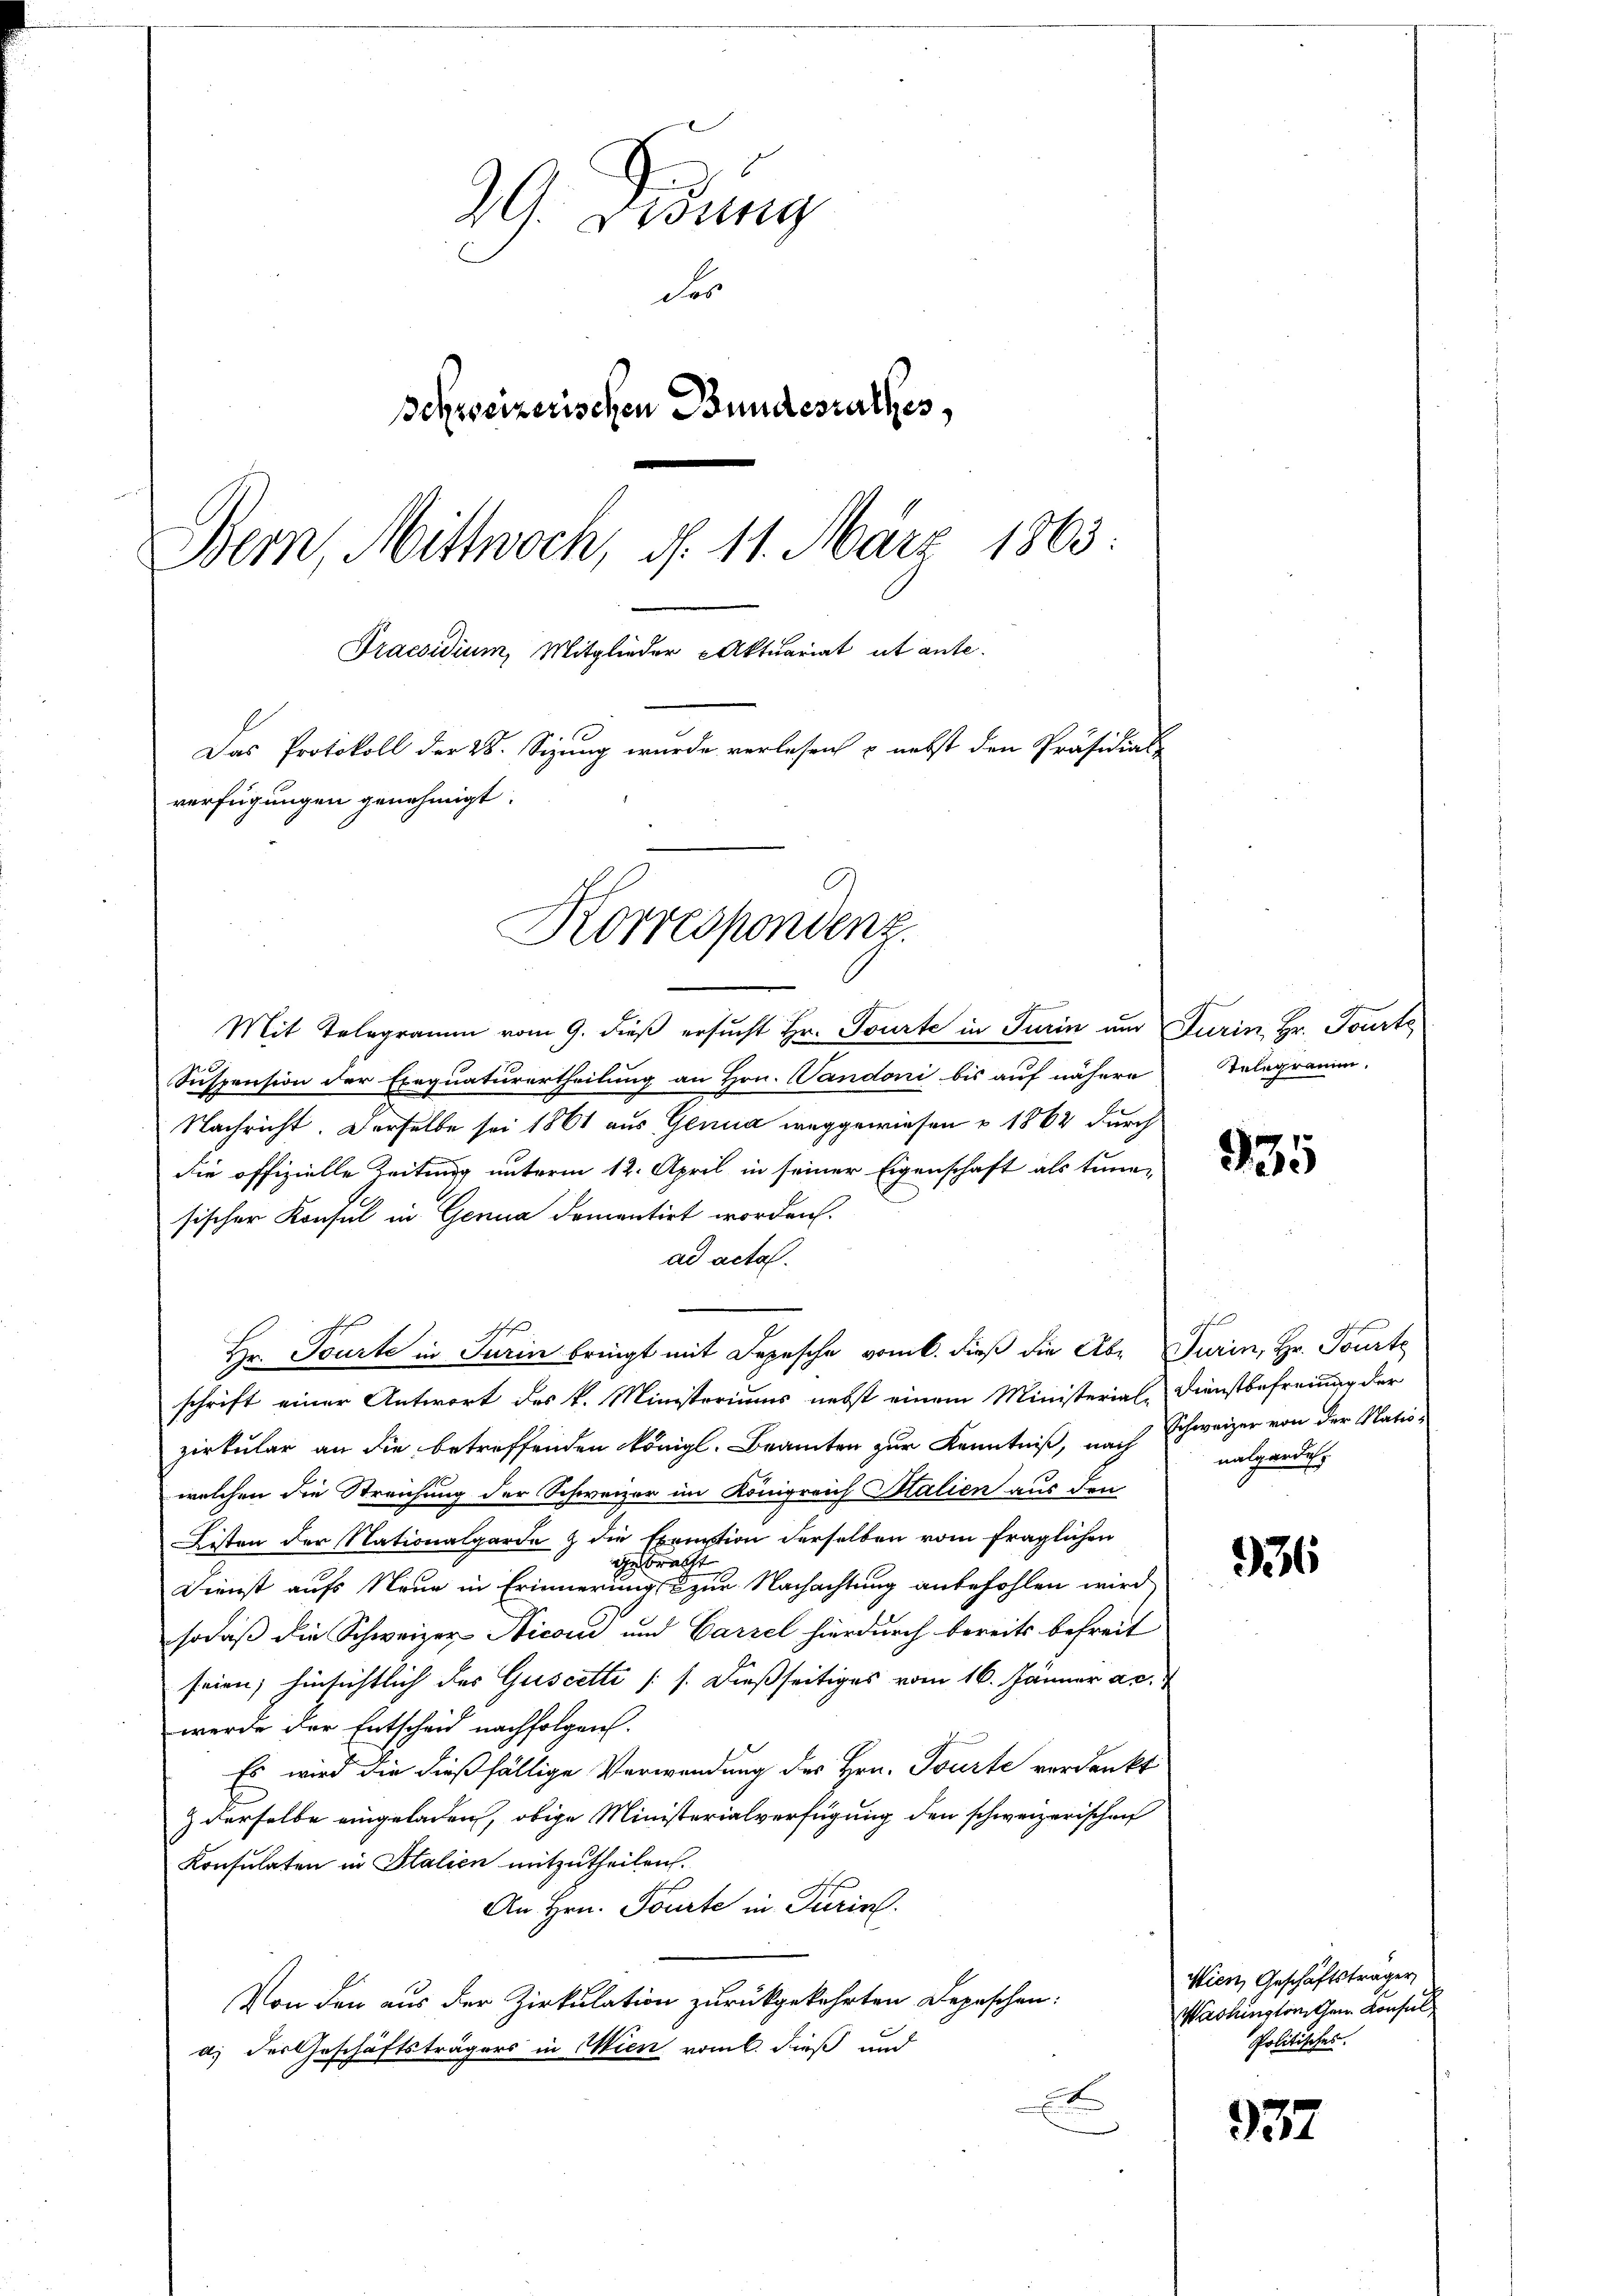
39. Diedung
des
Schweizerischen Bundesrathes,
Bern, Mittwoch, d. 11. März 1863.
Praesidium, Mitglieder Aktuariat ist ante.
Das Protokoll der 28. Sizung wurde verlesen u. nebst den Präsidial-
verfügungen genehmigt.
Korrespondenz.

Mit Telegramm vom 9. dieß ersucht Hr. Tourte in Turin und Furin, Hr. Tourte
Suspension der Exequaturertheilung an Hrn. Sandoni bis auf nähere
Nachricht. Derselbe sei 1861 aus Genua weggewiesen u. 1862 durch
die offizielle Zeitung unterm 12. April in seiner Eigenschaft als tune-
sischer Konsul in Genua domentirt worden.
ad acta.
I
schrift einer Antwort des k. Ministeriums nebst einem Ministerial-Dienstbefreiung der
zirkular an die betreffenden königl. Beamten zur Kenntniß, nach Schweizer von der Natur
welchen die Streichung der Schweizer im Königreich Italien aus den
Listen der Nationalgarde & die Exemtion derselben vom fraglichen
gebracht
Dienst aufs Neue in Erinnerung zur Nachachtung anbefohlen wird
sodaß die Schweizer-Nicon und Carzel hierdurch bereits befreit
seien; hinsichtlich des Guscette (s. dießseitiges vom 16. Jänner ac.
werde der Entscheid nachfolgen.
Es wird die dießfällige Verwendung des Hrn. Tourte verdankt
 derselbe eingeladen, obige Ministerialverfügung den schweizerischen
Konsulaten in Italien mitzutheilen.
An Hrn. Tourte in Turin.
Von den aus der Zirkulation zurückgekehrten Depeschen:
a) des Geschäftsträgers in Wien vom 6. dieß und
x

Hr. Tourte in Turin bringt mit Depesche vom 6. dieß die Abr Turin, Hr. Tourte

Telegramm.

935

t
nalgarden.

936

Wien, Geschäftsträger
Washingtonischen Konsul
Politisches.

337